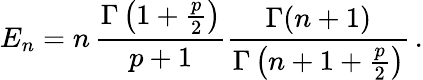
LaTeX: E_{n}=n\, \frac{\Gamma\left(1+\frac{p}{2}\right)}{p+1}\frac{\Gamma(n+1)}{\Gamma\left(n+1+\frac{p}{2}\right)}\, .